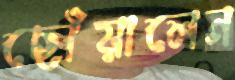
ছোঁয়ালেন